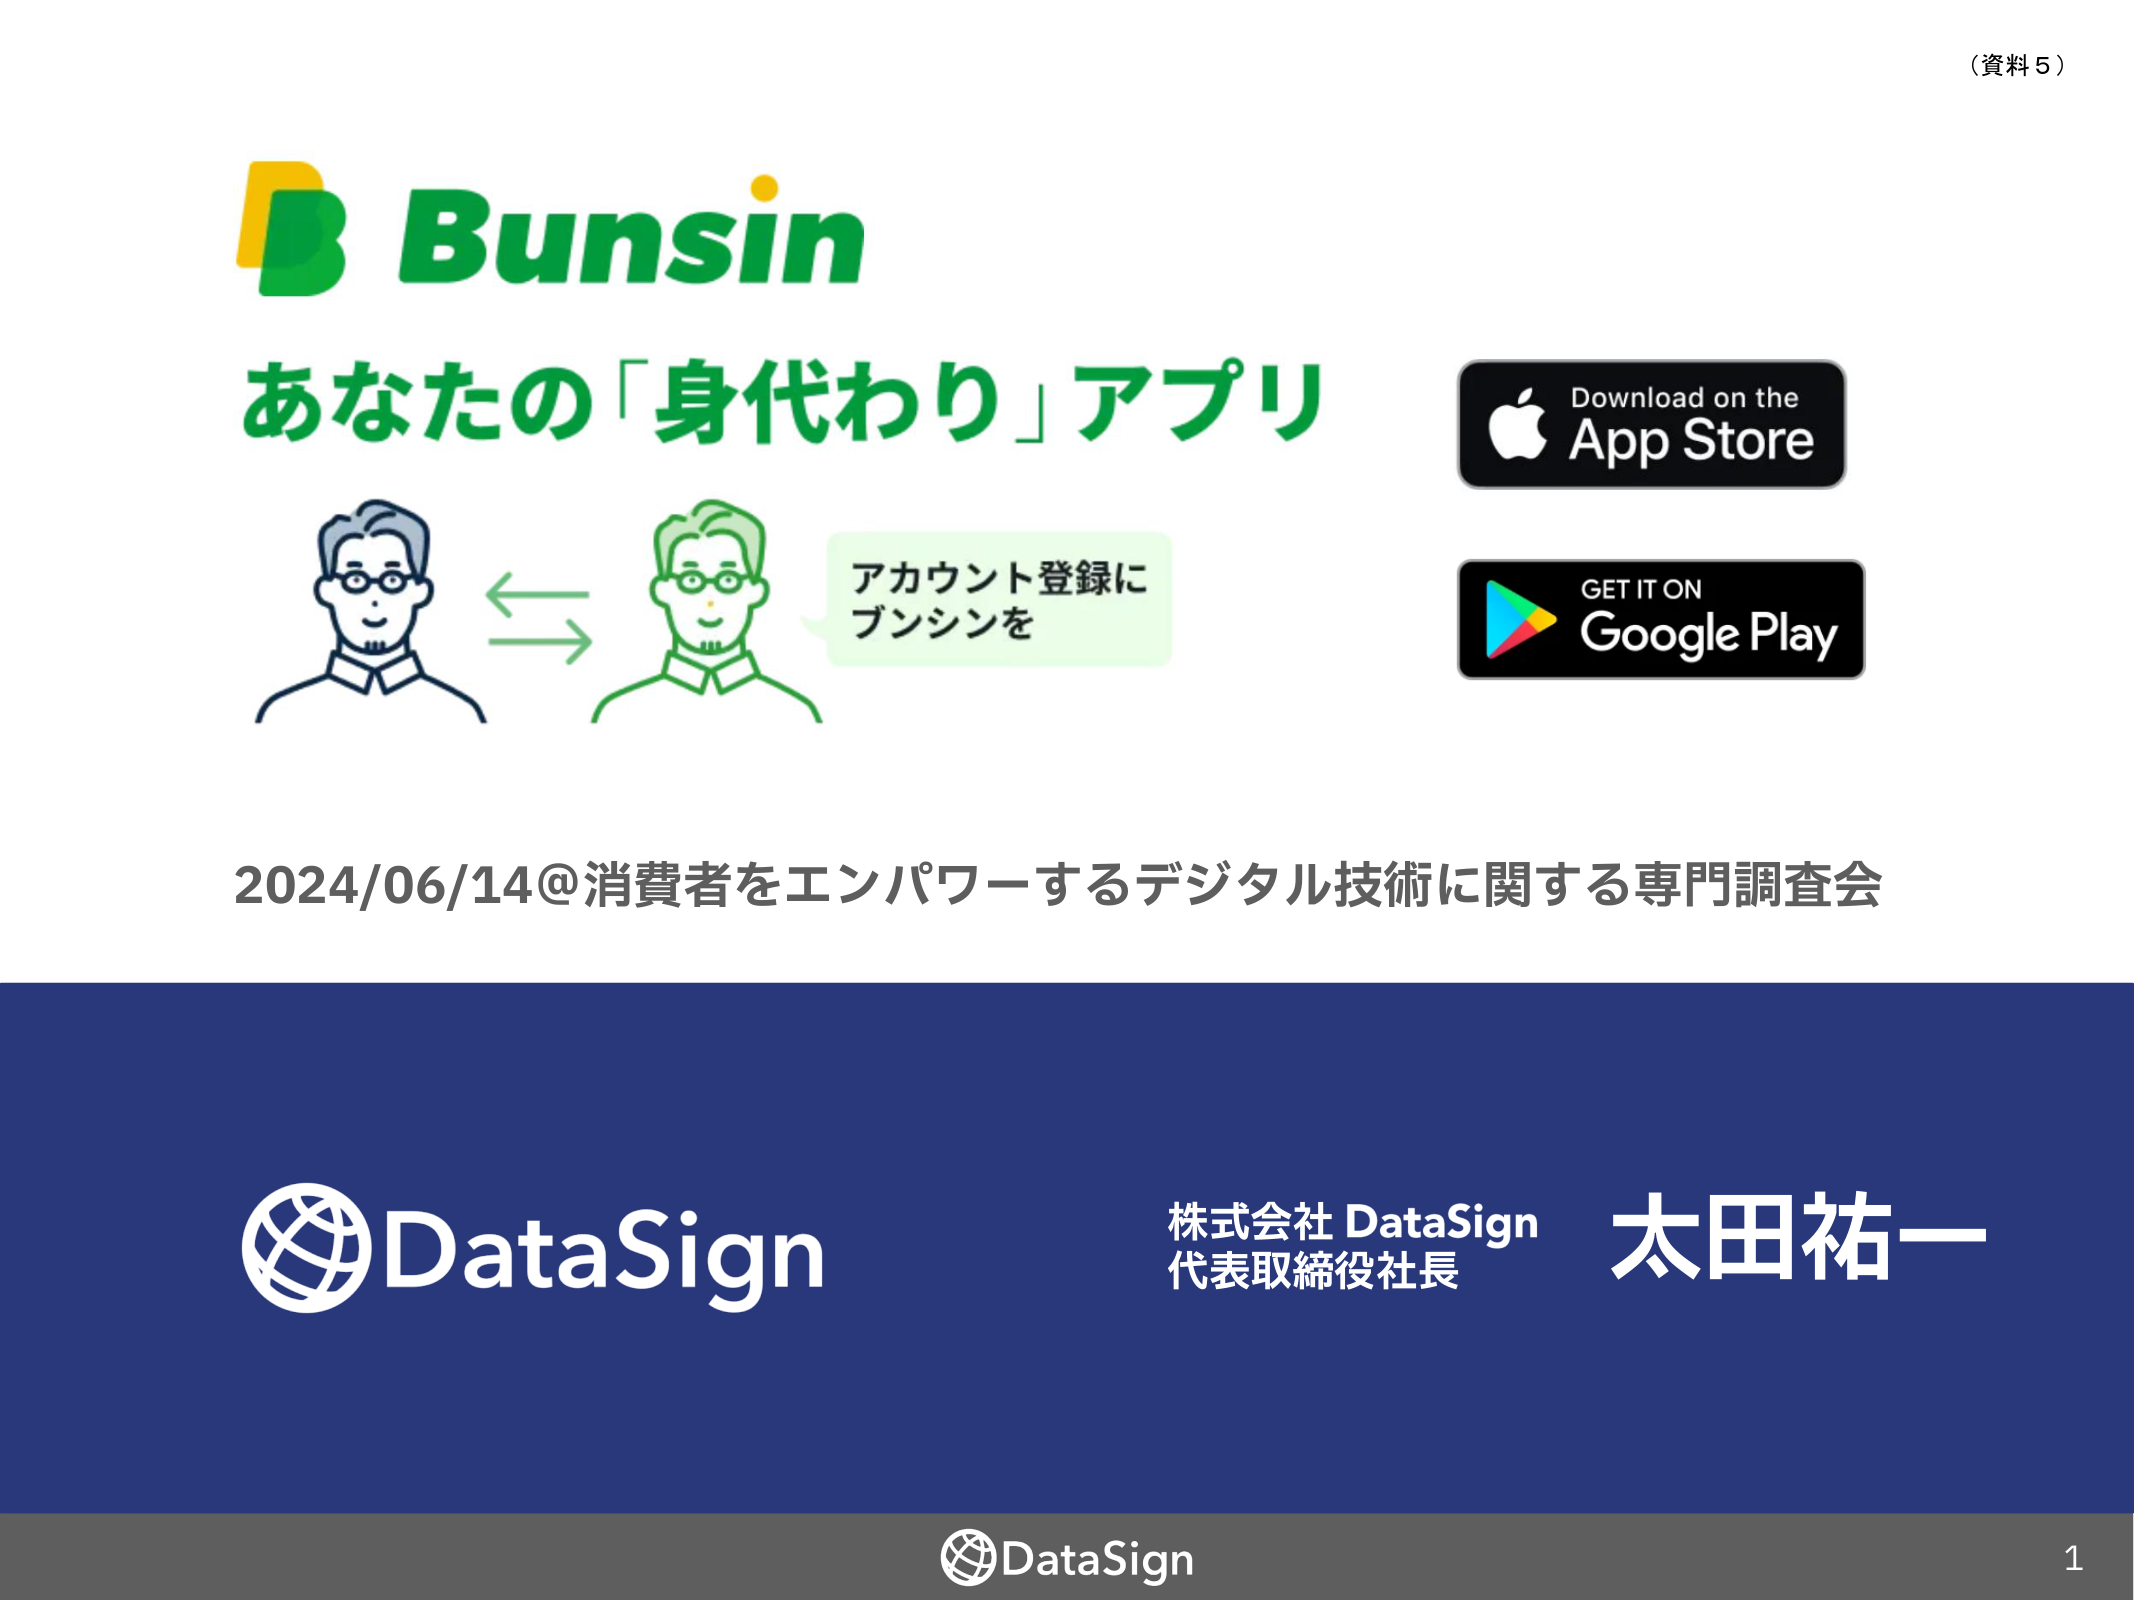
（資料５）

Bunsin
あなたの「身代わり」アプリ
アカウント登録に
ブンシンを
Download on the
App Store
GET IT ON
Google Play

2024/06/14@消費者をエンパワーするデジタル技術に関する専門調査会

DataSign
株式会社 DataSign
代表取締役社長
太田祐一

DataSign
1